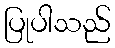
ပြုပါသည်